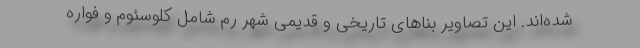
شده‌اند. این تصاویر بنا‌های تاریخی و قدیمی شهر رم شامل کلوسئوم و فواره